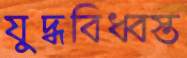
যুদ্ধবিধ্বস্ত